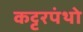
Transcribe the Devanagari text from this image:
कट्टरपंथो